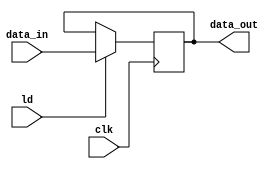
module ioReg(data_out, data_in, ld, clk);
	input [3:0] data_in;
	input ld;
	input clk;
	output reg [3:0] data_out;
	
	//4 bit register with sychronous enable triggered on clock's positive edge
	always @(posedge clk)
		if (ld)
			data_out = data_in;
			
endmodule